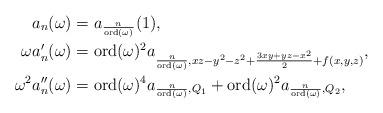
LaTeX: \begin{align*} a_n(\omega)&= a_{\frac{n}{\mathrm{ord}(\omega)}}(1),\\ \omega a'_n(\omega)&= \mathrm{ord}(\omega)^2 a_{\frac{n}{\mathrm{ord}(\omega)},xz-y^2-z^2+\frac{3xy+yz-x^2}{2}+f(x,y,z)},\\\omega^2 a''_n(\omega)&=\mathrm{ord}(\omega)^4 a_{\frac{n}{\mathrm{ord}(\omega)}, Q_1}+ \mathrm{ord}(\omega)^2 a_{\frac{n}{\mathrm{ord}(\omega)},Q_2},\end{align*}